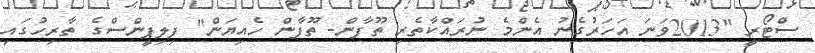
ސްޓޯރީ "2013ވަނަ އަހަރުގެނު އެންމެ ނުރައްކާތެރި ތޫފާން- ތޫފާން ހެއިޔަން" ފިލިޕީންސްގެ ތާރިހުގައި